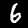
Digit: 6